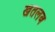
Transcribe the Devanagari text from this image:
खतलब